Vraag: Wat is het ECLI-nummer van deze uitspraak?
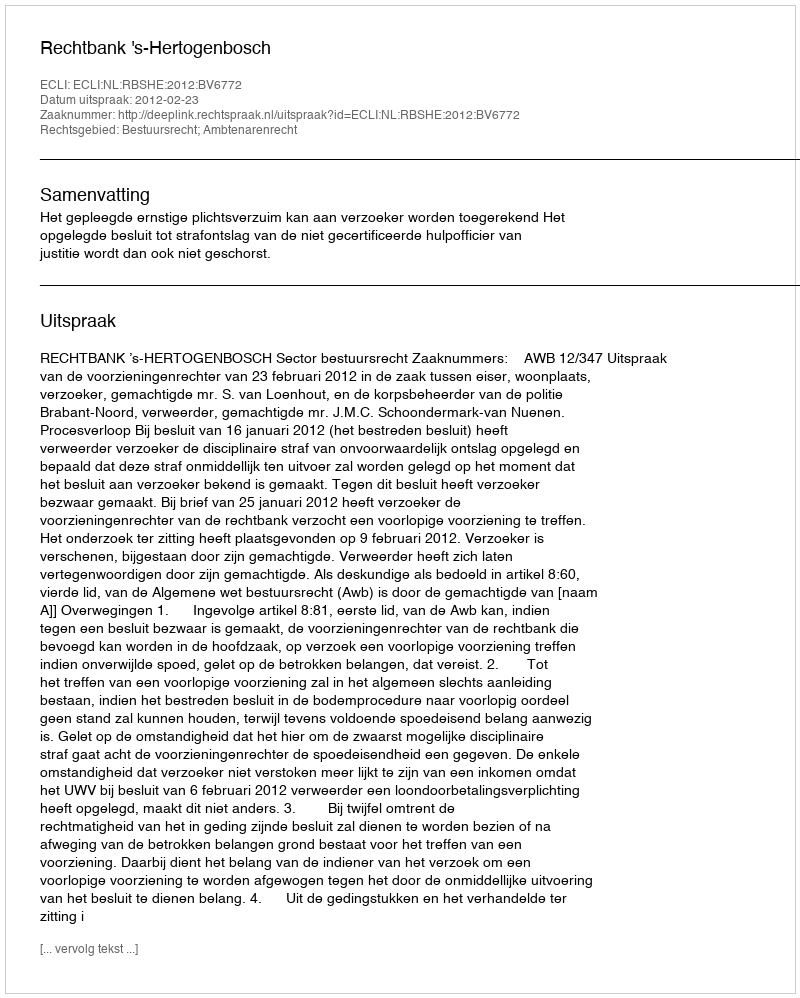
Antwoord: ECLI:NL:RBSHE:2012:BV6772